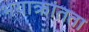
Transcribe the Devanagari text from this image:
भयाक्रांतता